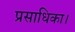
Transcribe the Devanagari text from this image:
प्रसाधिका।